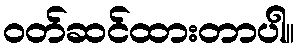
ဝတ်ဆင်ထားတာပါ။